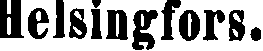
Helsingfors.